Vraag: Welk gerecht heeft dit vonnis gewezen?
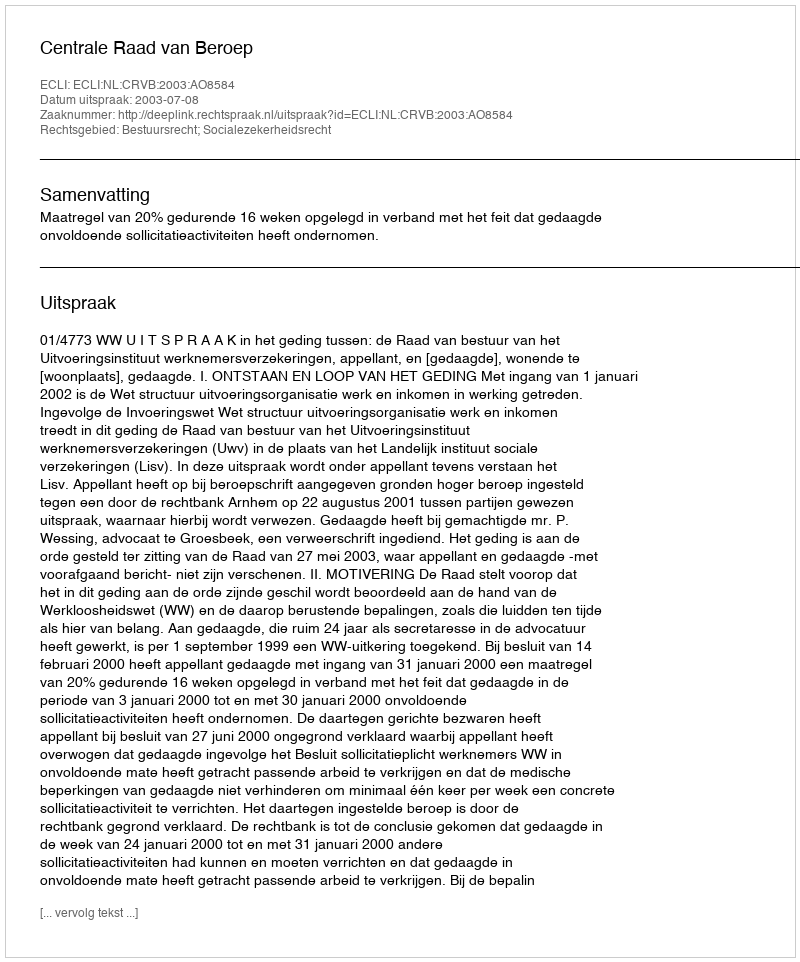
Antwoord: Centrale Raad van Beroep